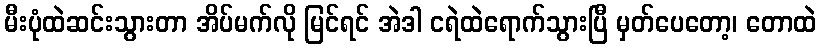
မီးပုံထဲဆင်းသွားတာ အိပ်မက်လို မြင်ရင် အဲဒါ ငရဲထဲရောက်သွားပြီ မှတ်ပေတော့၊ တောထဲ